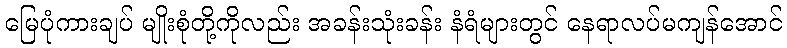
မြေပုံကားချပ် မျိုးစုံတို့ကိုလည်း အခန်းသုံးခန်း နံရံများတွင် နေရာလပ်မကျန်အောင်